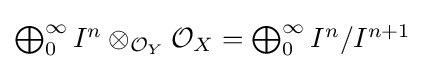
{\textstyle \bigoplus _{0}^{\infty }I^{n}\otimes _{{\mathcal {O}}_{Y}}{\mathcal {O}}_{X}=\bigoplus _{0}^{\infty }I^{n}/I^{n+1}}